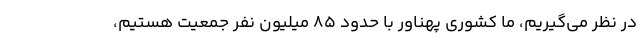
در نظر می‌گیریم، ما کشوری پهناور با حدود ۸۵ میلیون نفر جمعیت هستیم،